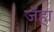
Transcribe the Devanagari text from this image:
जॅहा